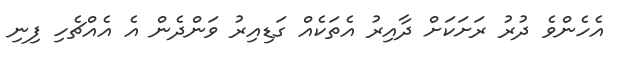
އެހެންވެ ދުރު ރަށަަކަށް ދާއިރު އެތަކެއް ގަޑިއިރު ވަންދެން އެ އެއްޗެހި ފިނި